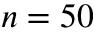
n = 5 0